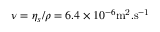
\nu = \eta _ { s } / \rho = 6 . 4 \times 1 0 ^ { - 6 } \mathrm { { m } ^ { 2 } . \mathrm { { s } ^ { - 1 } } }